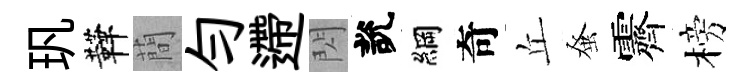
㺬鞾蕳勻遰閃說綱奇丘𫊫霽榜